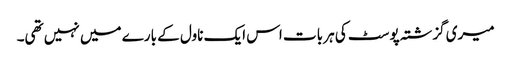
میری گزشتہ پوسٹ کی ہر بات اس ایک ناول کے بارے میں نہیں تھی۔